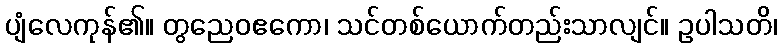
ပျံလေကုန်၏။ တွညေဝဧကော၊ သင်တစ်ယောက်တည်းသာလျင်။ ဥပါသတိ၊